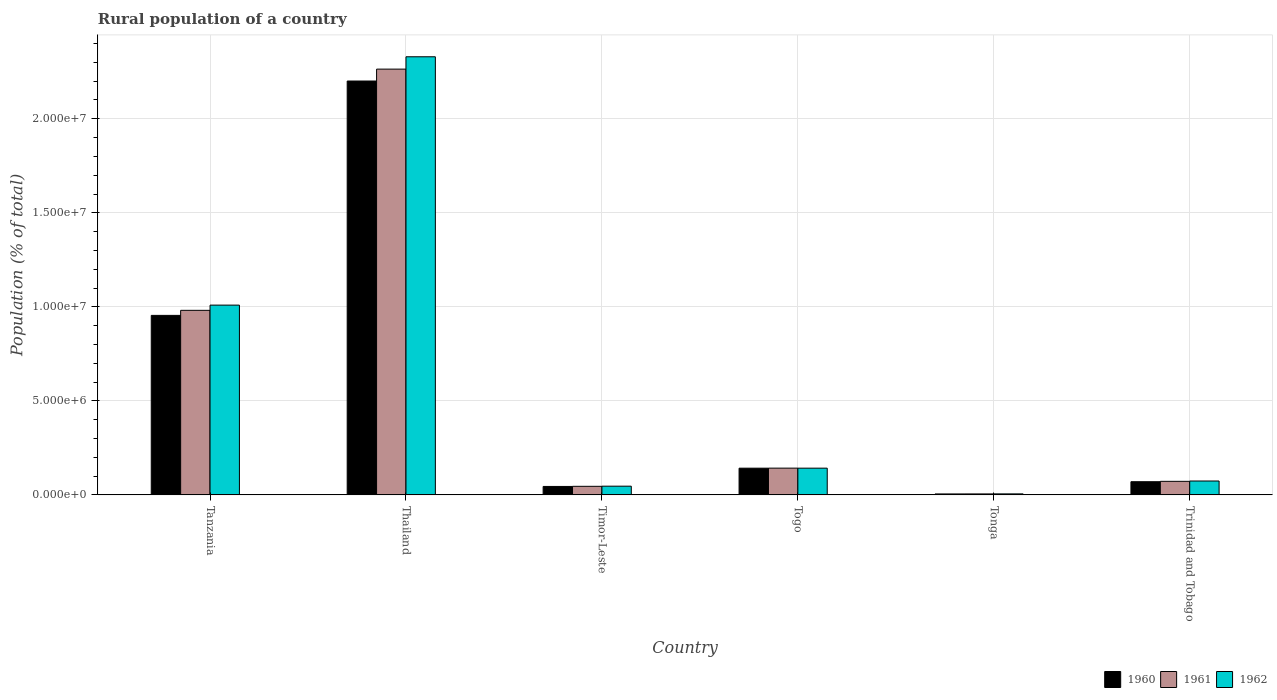
| Country | 1960 | 1961 | 1962 |
 | --- | --- | --- | --- |
 | Tanzania | 9.55e+06 | 9.81e+06 | 1.01e+07 |
 | Thailand | 2.2e+07 | 2.26e+07 | 2.33e+07 |
 | Timor-Leste | 4.49e+05 | 4.56e+05 | 4.63e+05 |
 | Togo | 1.42e+06 | 1.42e+06 | 1.42e+06 |
 | Tonga | 5.08e+04 | 5.23e+04 | 5.41e+04 |
 | Trinidad and Tobago | 7.01e+05 | 7.21e+05 | 7.38e+05 |